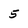
Character: 5